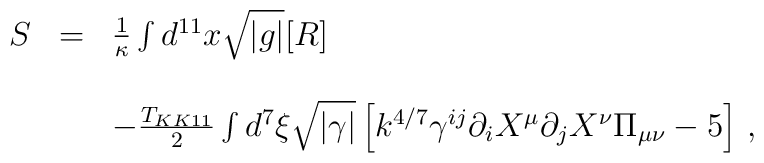
\begin{array}{rcl}S & = & {1\over \kappa} \int d^{11}x\sqrt{|g|}[R] \\& & \\& & -{T_{KK11}\over 2}\int d^{7}\xi  \sqrt{|\gamma|} \left[k^{4/7} \gamma^{ij}\partial_{i}X^{\mu} \partial_{j}X^{\nu}\Pi_{\mu\nu}-5\right]\, , \\\end{array}